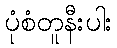
ပုံစံတူနီးပါး